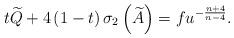
LaTeX: \begin{align*}t\widetilde{Q}+4\left( 1-t\right) \sigma _{2}\left( \widetilde{A}\right)=fu^{-\frac{n+4}{n-4}}. \end{align*}